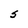
Character: S